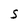
Character: S